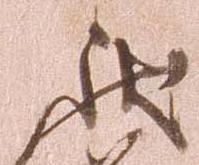
状